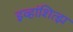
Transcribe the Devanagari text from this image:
इव्हांशित्झ